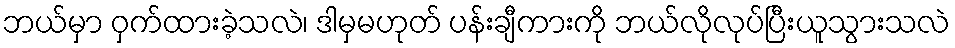
ဘယ်မှာ ဝှက်ထားခဲ့သလဲ၊ ဒါမှမဟုတ် ပန်းချီကားကို ဘယ်လိုလုပ်ပြီးယူသွားသလဲ